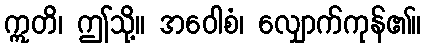
ဣတိ၊ ဤသို့။ အဝေါစံ၊ လျှောက်ကုန်၏။